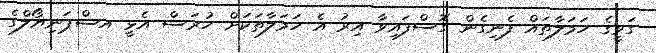
ގަވީގެ ހަމަލާތައް ފެނިގެން ގޮސްފައިވާ އިރު އެ ހަމަލާތަކަށް ހުރަސް އެޅީ އސްޕަނިޔޯލްގެ